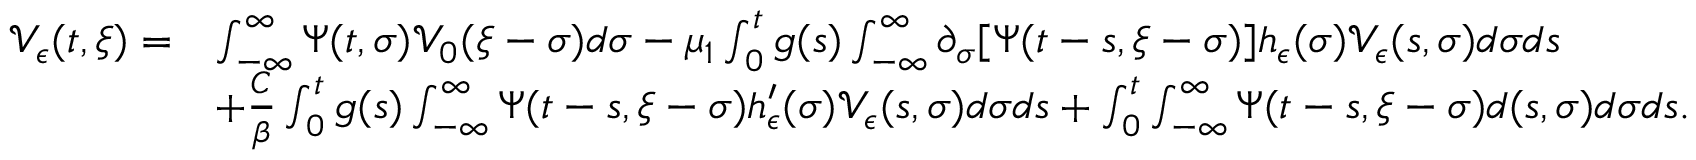
\begin{array} { r l } { \mathcal { V } _ { \epsilon } ( t , \xi ) = } & { \int _ { - \infty } ^ { \infty } \Psi ( t , \sigma ) \mathcal { V } _ { 0 } ( \xi - \sigma ) d \sigma - \mu _ { 1 } \int _ { 0 } ^ { t } g ( s ) \int _ { - \infty } ^ { \infty } \partial _ { \sigma } [ \Psi ( t - s , \xi - \sigma ) ] h _ { \epsilon } ( \sigma ) \mathcal { V } _ { \epsilon } ( s , \sigma ) d \sigma d s } \\ & { + \frac { C } { \beta } \int _ { 0 } ^ { t } g ( s ) \int _ { - \infty } ^ { \infty } \Psi ( t - s , \xi - \sigma ) h _ { \epsilon } ^ { \prime } ( \sigma ) \mathcal { V } _ { \epsilon } ( s , \sigma ) d \sigma d s + \int _ { 0 } ^ { t } \int _ { - \infty } ^ { \infty } \Psi ( t - s , \xi - \sigma ) d ( s , \sigma ) d \sigma d s . } \end{array}